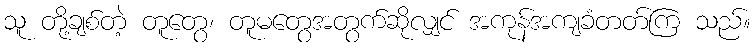
သူ တို့ချစ်တဲ့ တူတွေ၊ တူမတွေအတွက်ဆိုလျှင် အကုန်အကျခံတတ်ကြ သည်။